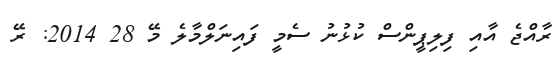
ރާއްޖެ އާއި ފިލިޕީންސް ކުޅުނު ސެމީ ފައިނަލްމާލެ މޭ 28 2014: ރޭ